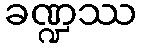
ခဏ္ဍဿ